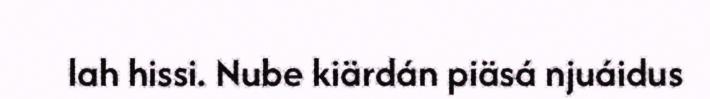
lah hissi. Nube kiärdán piäsá njuáidus